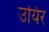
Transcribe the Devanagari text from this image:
उयिर